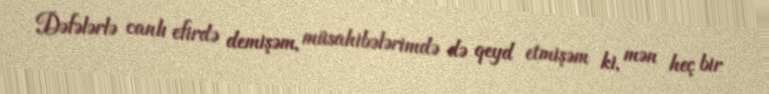
Dəfələrlə canlı efirdə demişəm, müsahibələrimdə də qeyd etmişəm ki, mən heç bir